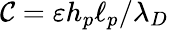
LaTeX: \mathcal{C}=\varepsilon h_{p}\ell_{p}/\lambda_{D}